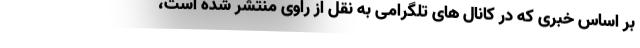
بر اساس خبری که در کانال های تلگرامی به نقل از راوی منتشر شده است،